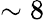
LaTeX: \sim 8